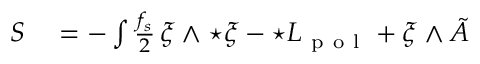
\begin{array} { r l } { S } & { { } = - \int \frac { f _ { s } } { 2 } \, \xi \wedge { \star \xi } - \star { \cal L } _ { \mathrm { ~ p ~ o ~ l ~ } } + \xi \wedge \tilde { A } } \end{array}